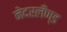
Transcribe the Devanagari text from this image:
नेदरलँण्ड